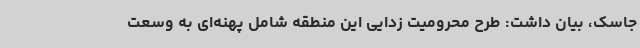
جاسک، بیان داشت: طرح محرومیت زدایی این منطقه شامل پهنه‌ای به وسعت